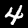
Digit: 4